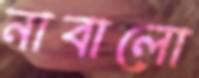
নাবালো